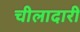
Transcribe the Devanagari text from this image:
चीलादारी